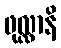
ဖုလ္လာနိ